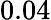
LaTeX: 0.04